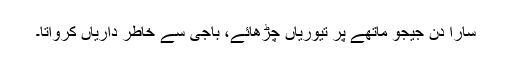
سارا دن جیجو ماتھے پر تیوریاں چڑھائے، باجی سے خاطر داریاں کرواتا۔